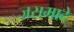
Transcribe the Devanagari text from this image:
जसमादे